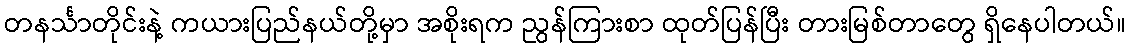
တနင်္သာတိုင်းနဲ့ ကယားပြည်နယ်တို့မှာ အစိုးရက ညွန်ကြားစာ ထုတ်ပြန်ပြီး တားမြစ်တာတွေ ရှိနေပါတယ်။